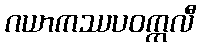
ဂယာကဿပဝက္ကလီ